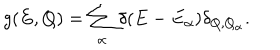
g ( E , Q ) = \sum _ { \alpha } \delta ( E - E _ { \alpha } ) \delta _ { Q , Q _ { \alpha } } .